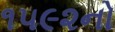
૧૫૯૨નો